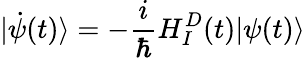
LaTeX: |\dot{\psi}(t)\rangle=-\frac{i}{\hbar}H_{I}^{D}(t)|\psi(t)\rangle